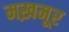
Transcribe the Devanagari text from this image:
मख़मूर